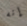
إنه